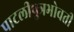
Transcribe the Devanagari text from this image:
पाटलीपुत्रभोवती